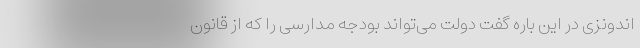
اندونزی در این باره گفت دولت می‌تواند بودجه مدارسی را که از قانون